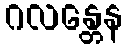
ဂလန္တေန